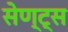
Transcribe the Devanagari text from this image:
सेण्ट्स